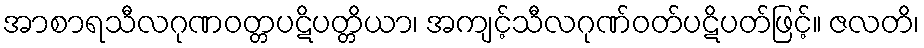
အာစာရသီလဂုဏဝတ္တပဋိပတ္တိယာ၊ အကျင့်သီလဂုဏ်ဝတ်ပဋိပတ်ဖြင့်။ ဇလတိ၊